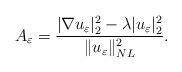
LaTeX: \begin{align*}A_{\varepsilon}=\frac{|\nabla u_{\varepsilon}|_{2}^{2}-\lambda|u_{\varepsilon}|_{2}^{2}}{\|u_{\varepsilon}\|_{NL}^{2}}.\end{align*}